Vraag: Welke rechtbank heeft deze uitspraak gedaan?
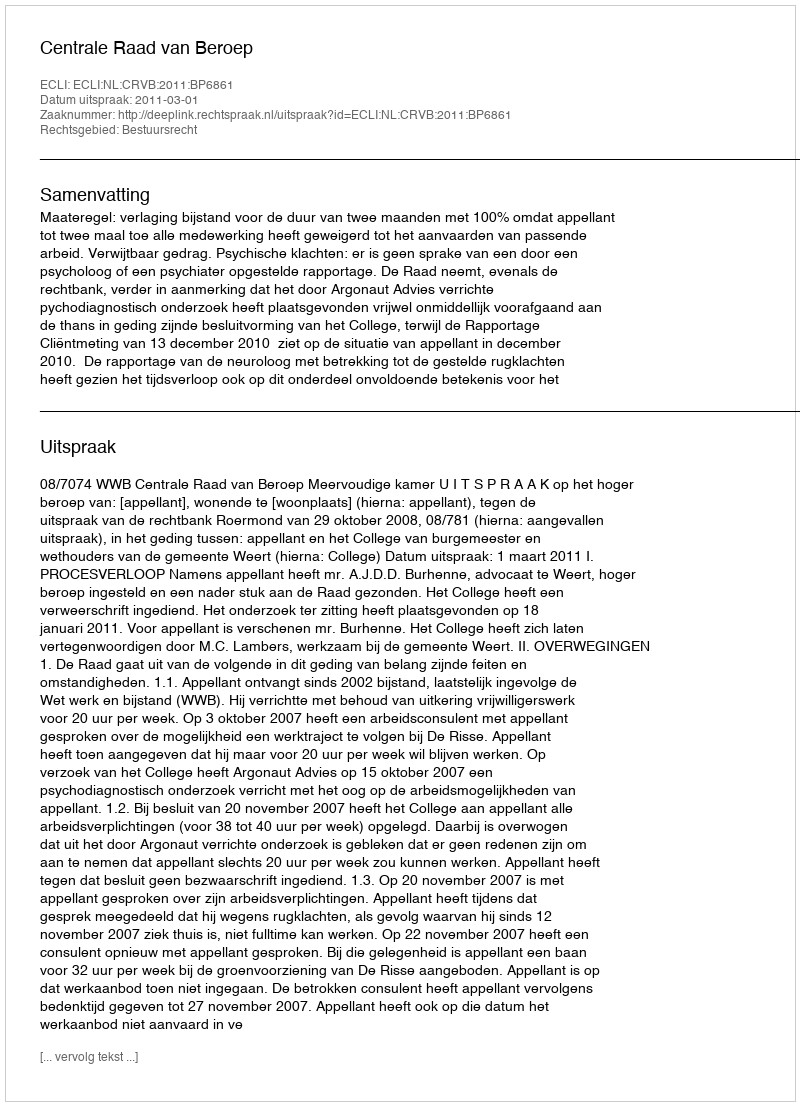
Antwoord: Centrale Raad van Beroep